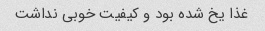
غذا یخ شده بود و کیفیت خوبی نداشت